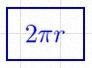
2\pi r